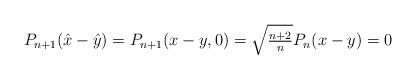
LaTeX: \begin{align*}P_{n+1}(\hat{x} - \hat{y}) = P_{n+1}(x - y, 0) = \sqrt{\tfrac{n+2}{n}}P_{n}(x - y) = 0\end{align*}